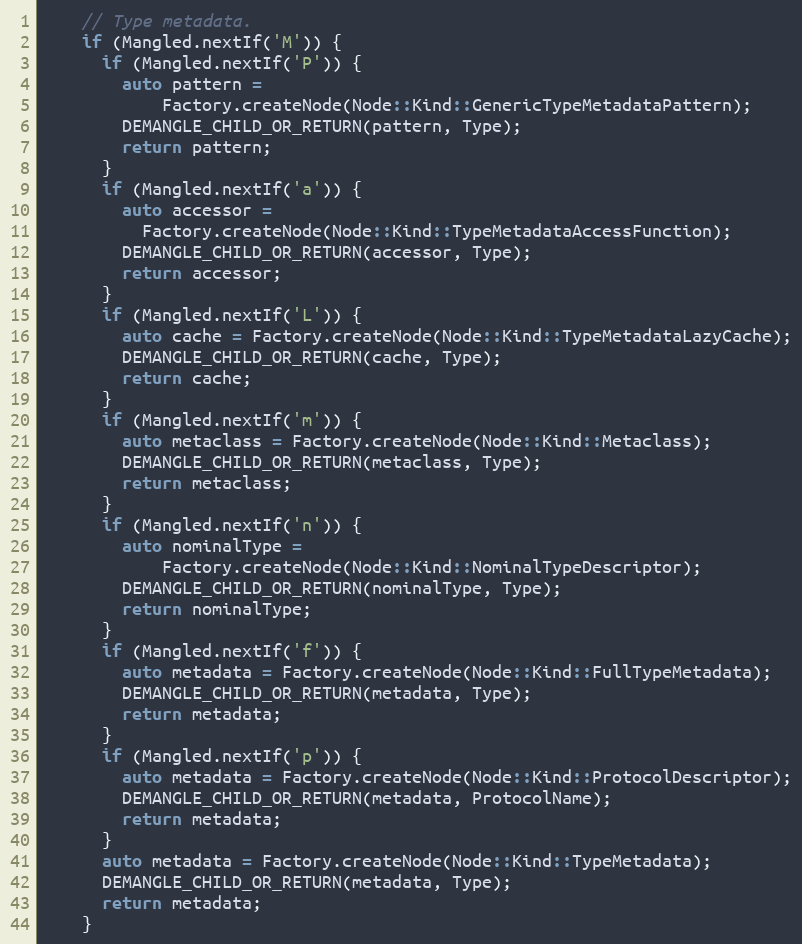
Language: C++
    // Type metadata.
    if (Mangled.nextIf('M')) {
      if (Mangled.nextIf('P')) {
        auto pattern =
            Factory.createNode(Node::Kind::GenericTypeMetadataPattern);
        DEMANGLE_CHILD_OR_RETURN(pattern, Type);
        return pattern;
      }
      if (Mangled.nextIf('a')) {
        auto accessor =
          Factory.createNode(Node::Kind::TypeMetadataAccessFunction);
        DEMANGLE_CHILD_OR_RETURN(accessor, Type);
        return accessor;
      }
      if (Mangled.nextIf('L')) {
        auto cache = Factory.createNode(Node::Kind::TypeMetadataLazyCache);
        DEMANGLE_CHILD_OR_RETURN(cache, Type);
        return cache;
      }
      if (Mangled.nextIf('m')) {
        auto metaclass = Factory.createNode(Node::Kind::Metaclass);
        DEMANGLE_CHILD_OR_RETURN(metaclass, Type);
        return metaclass;
      }
      if (Mangled.nextIf('n')) {
        auto nominalType =
            Factory.createNode(Node::Kind::NominalTypeDescriptor);
        DEMANGLE_CHILD_OR_RETURN(nominalType, Type);
        return nominalType;
      }
      if (Mangled.nextIf('f')) {
        auto metadata = Factory.createNode(Node::Kind::FullTypeMetadata);
        DEMANGLE_CHILD_OR_RETURN(metadata, Type);
        return metadata;
      }
      if (Mangled.nextIf('p')) {
        auto metadata = Factory.createNode(Node::Kind::ProtocolDescriptor);
        DEMANGLE_CHILD_OR_RETURN(metadata, ProtocolName);
        return metadata;
      }
      auto metadata = Factory.createNode(Node::Kind::TypeMetadata);
      DEMANGLE_CHILD_OR_RETURN(metadata, Type);
      return metadata;
    }